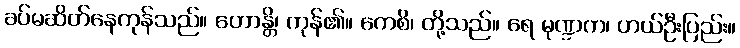
ခပ်မဆိတ်နေကုန်သည်။ ဟောန္တိ၊ ကုန်၏။ ကေစိ၊ တို့သည်။ ရေ မုဏ္ဍက၊ ဟယ်ဦးပြည်း။